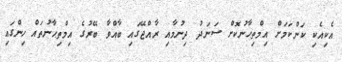
އެކިއެކި ކަންކަމަށް އިމްތިޙާނުކޮށް ސަނަދު ދިނުމާއި ރާއްޖޭގައި ބާއްވާ ބޭރުގެ އިމްތިޙާނުތައް ހިންގައި